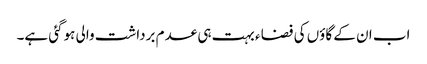
اب ان کے گاؤں کی فضا ء بہت ہی عدم برداشت والی ہوگئی ہے۔